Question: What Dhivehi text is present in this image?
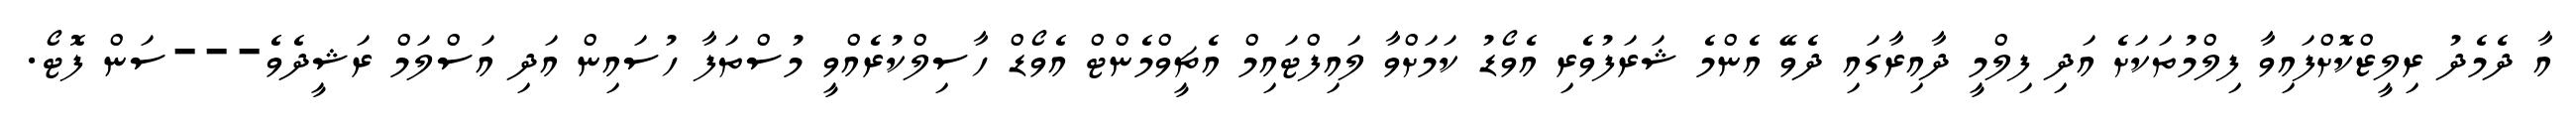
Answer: އާ ދެމެދު ރިލީޒްކޮށްފައިވާ ފިލްމުތަކަށެ އަދި ފިލްމީ ދާއިރާގައި ދެވޭ އެންމެ ޝަރަފުވެރި އެވޯޑު ކަމަށްވާ ލައިފްޓައިމް އެޗީވްމެންޓް އެވޯޑް ހާސިލްކުރެއްވީ މުސްތަފާ ހުސައިން އަދި އަސްލަމް ރަޝީދެވެ---ސަން ފޮޓޯ.